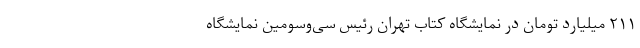
۲۱۱ میلیارد تومان در نمایشگاه کتاب تهران رئیس سی‌وسومین نمایشگاه